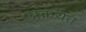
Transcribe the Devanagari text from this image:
प्रक्रयेत